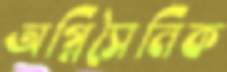
অগ্নিসৈনিক